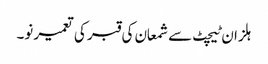
ہلزان ٹیچٹ سے شمعان کی قبر کی تعمیر نو۔